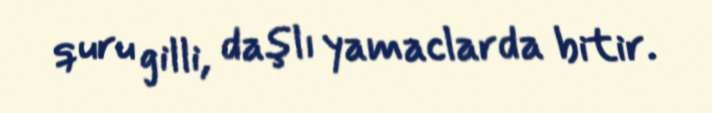
quru gilli, daşlı yamaclarda bitir.